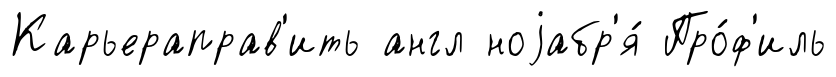
Карьераправ'ить англ ноjабр'я́ Про́ф'иль